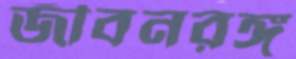
জীবনরঙ্গ